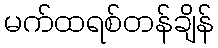
မက်ထရစ်တန်ချိန်